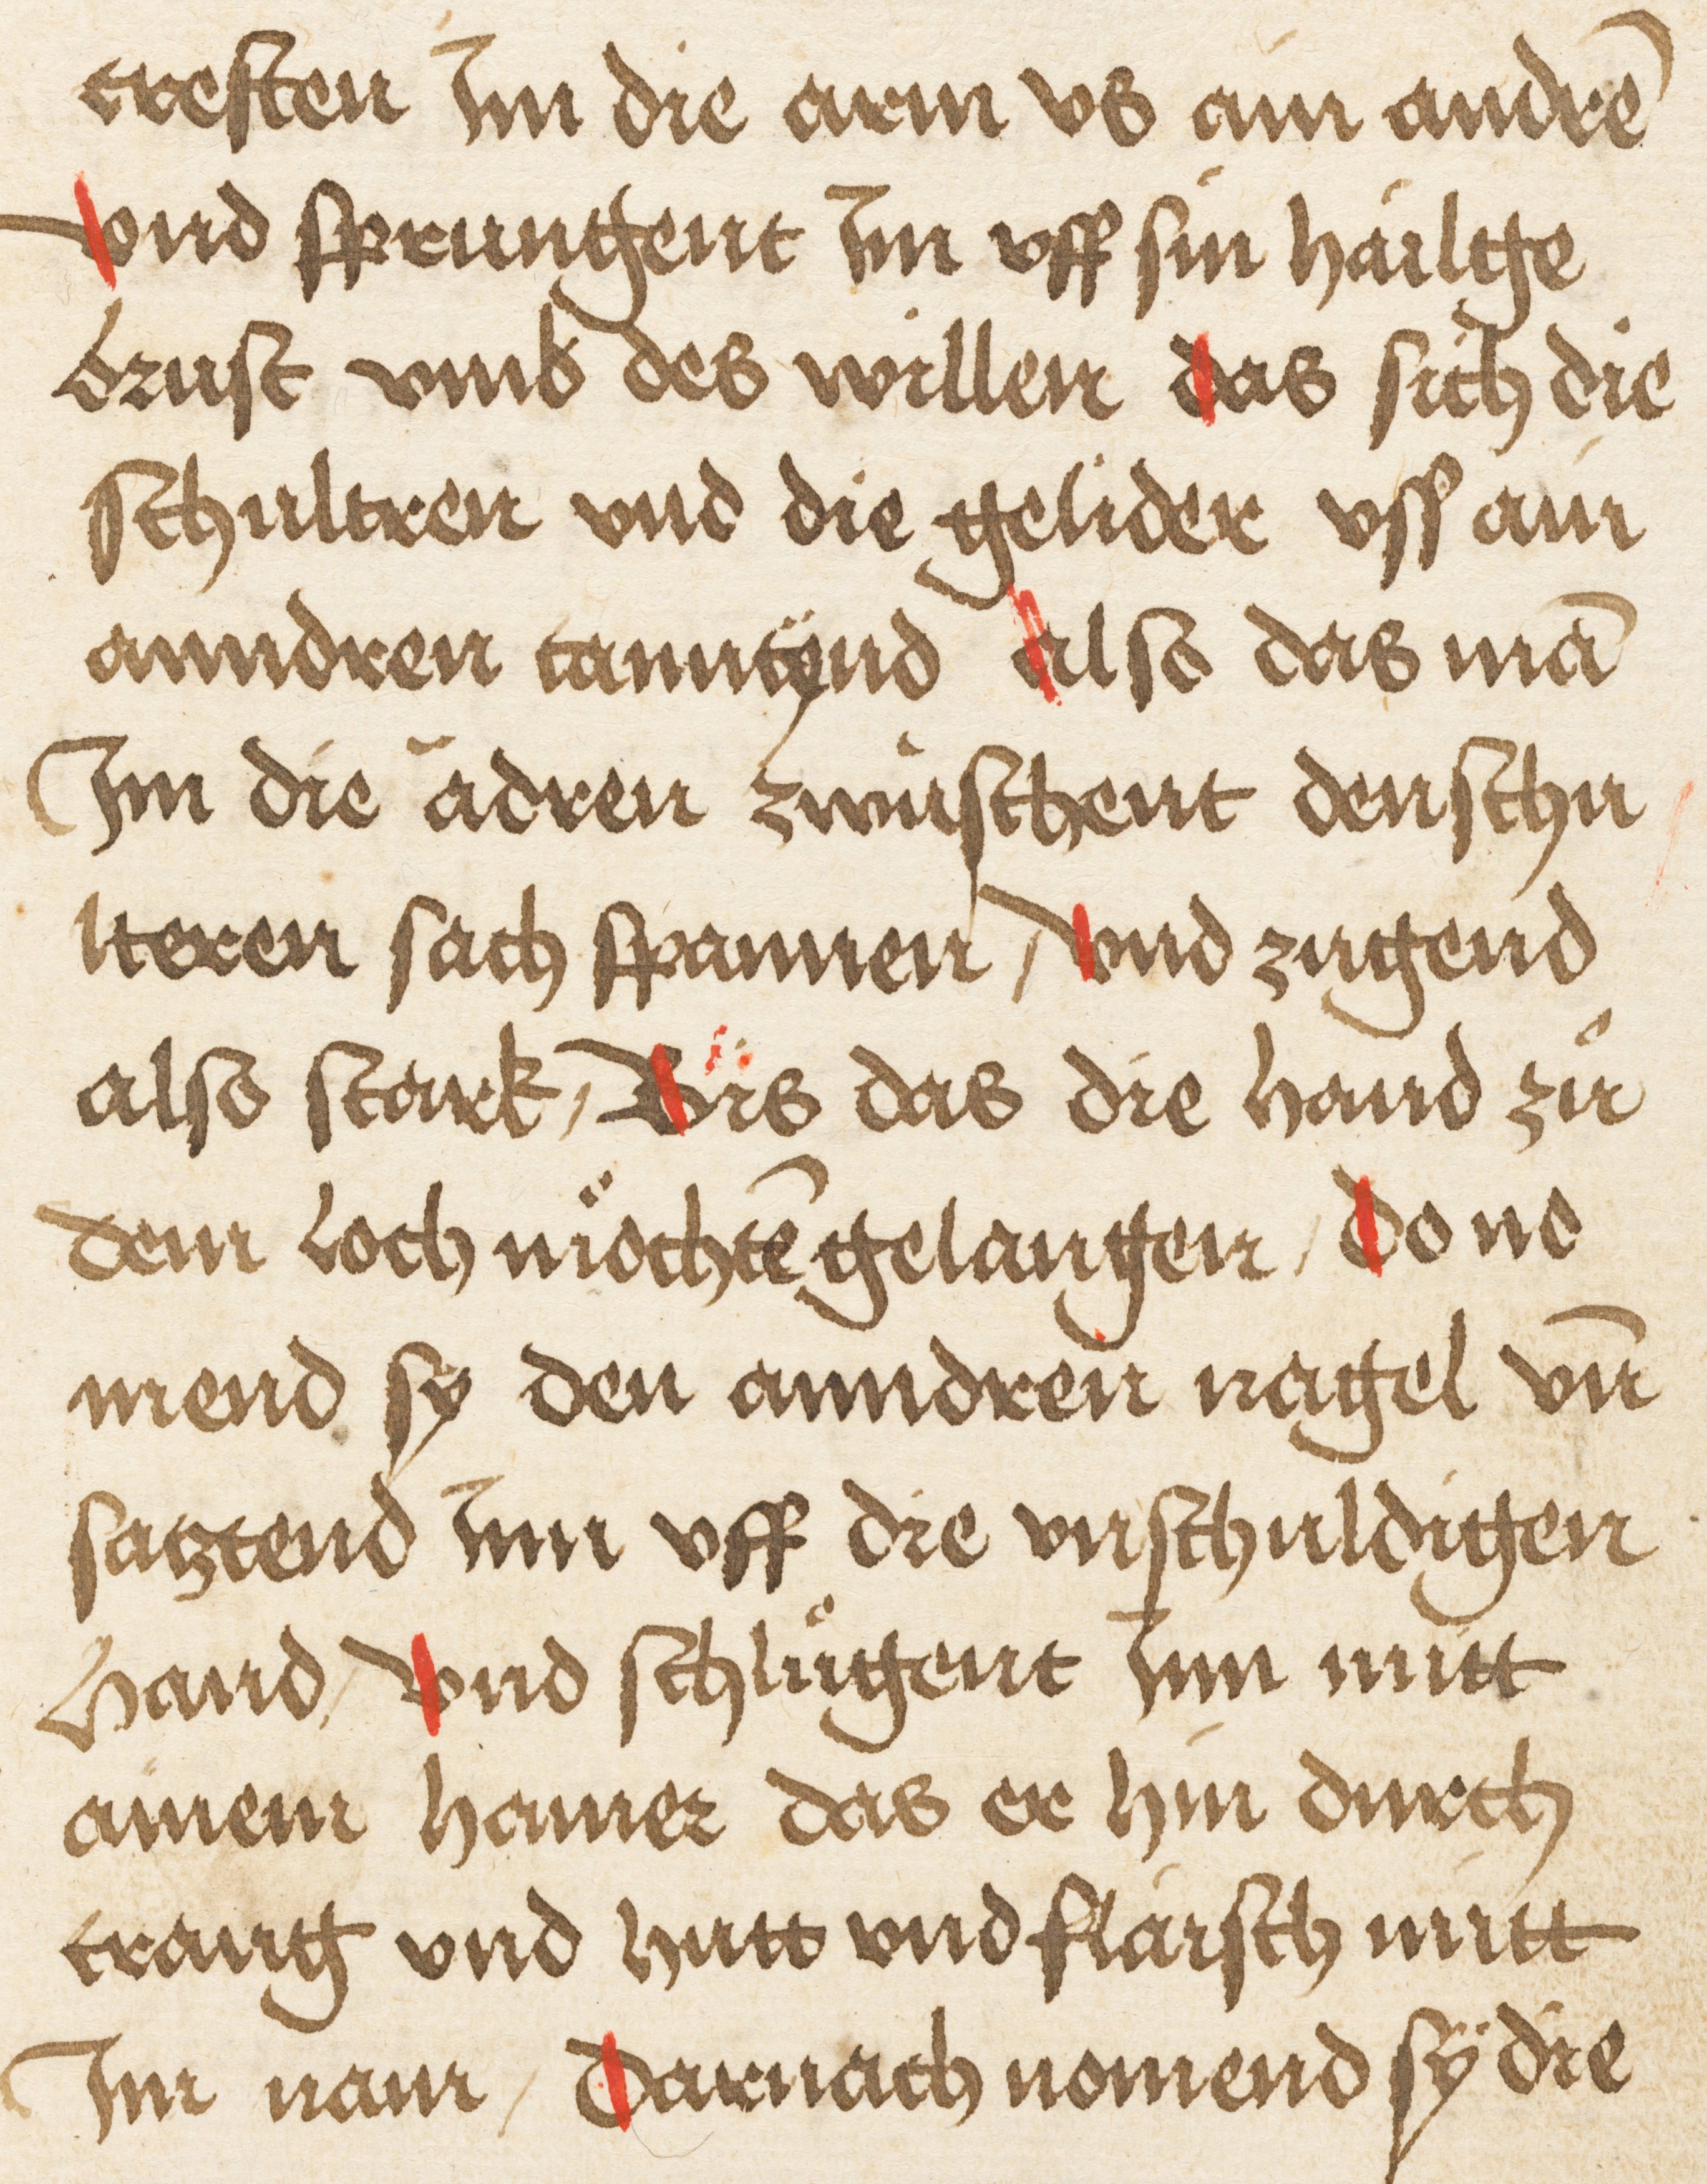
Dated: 1495–1495